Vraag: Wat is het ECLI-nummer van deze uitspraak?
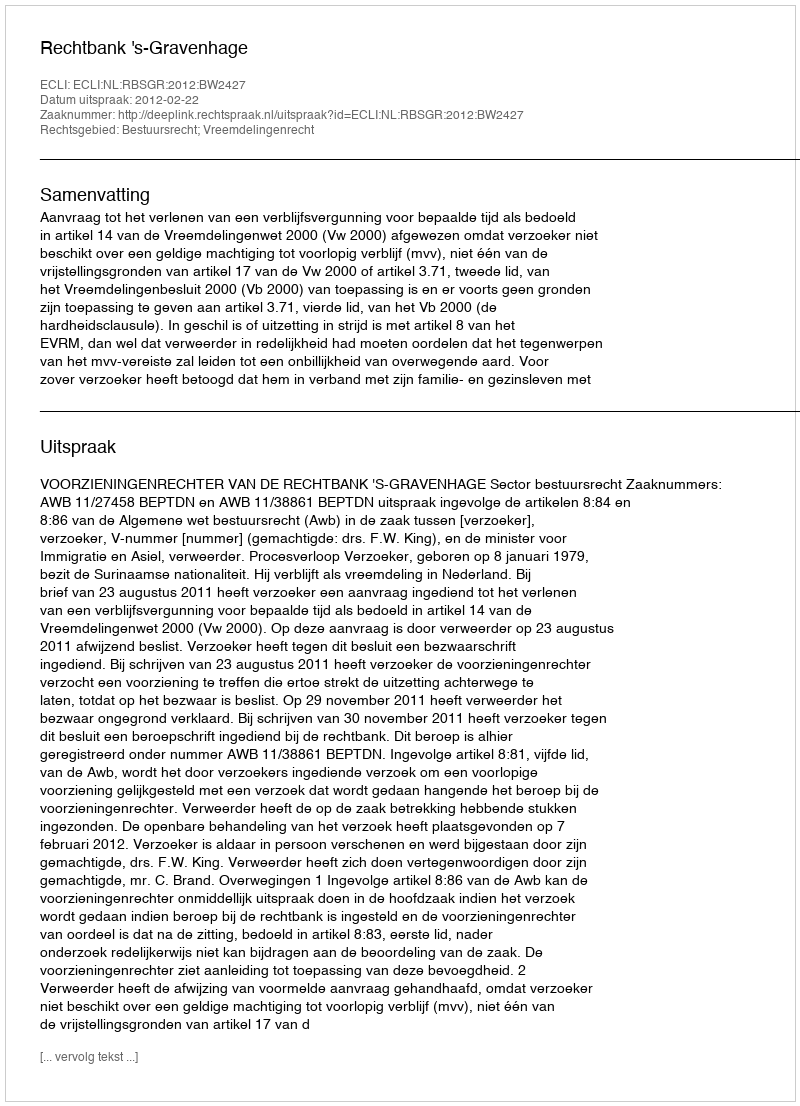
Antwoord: ECLI:NL:RBSGR:2012:BW2427